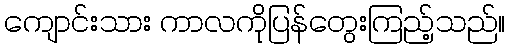
ကျောင်းသား ကာလကိုပြန်တွေးကြည့်သည်။